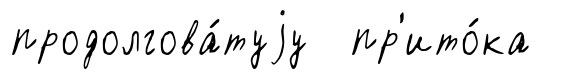
продолгова́туjу пр'ито́ка